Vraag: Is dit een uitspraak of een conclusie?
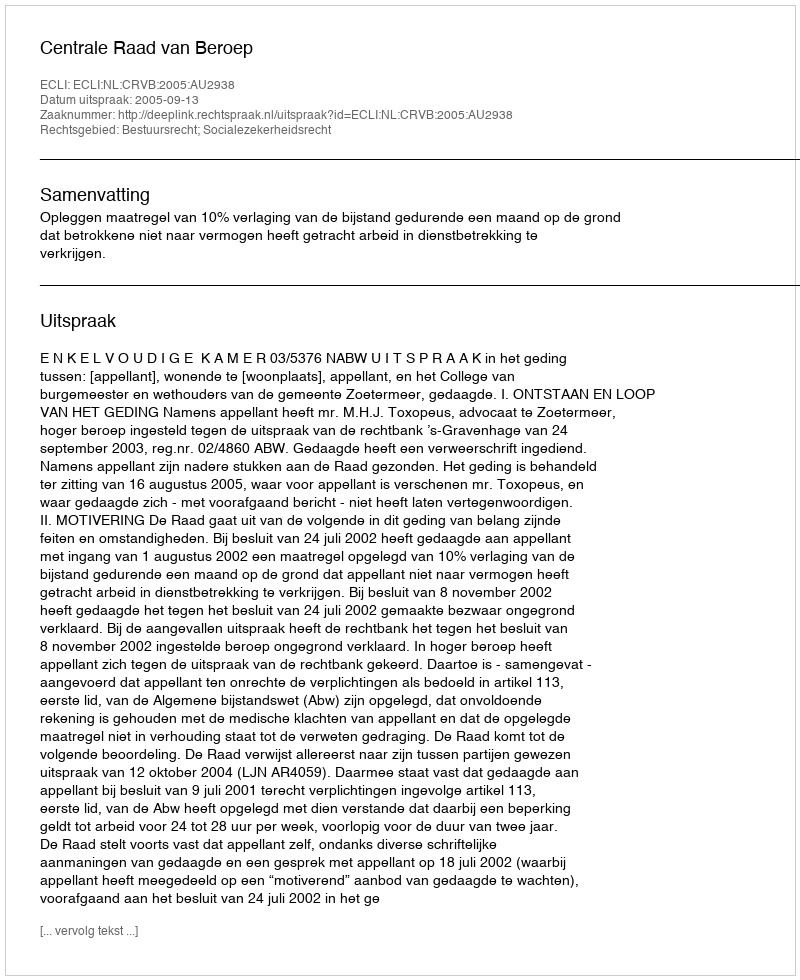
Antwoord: Uitspraak